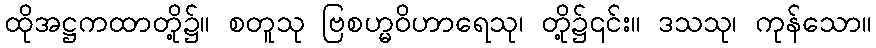
ထိုအဋ္ဌကထာတို့၌။ စတူသု ဗြစဟ္မဝိဟာရေသု၊ တို့၌၎င်း။ ဒသသု၊ ကုန်သော။